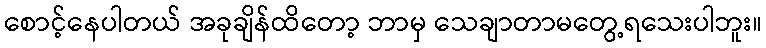
စောင့်နေပါတယ် အခုချိန်ထိတော့ ဘာမှ သေချာတာမတွေ့ရသေးပါဘူး။